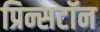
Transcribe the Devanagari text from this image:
प्रिन्सटॉन